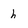
Character: h